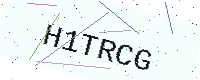
Text: H1TRCG